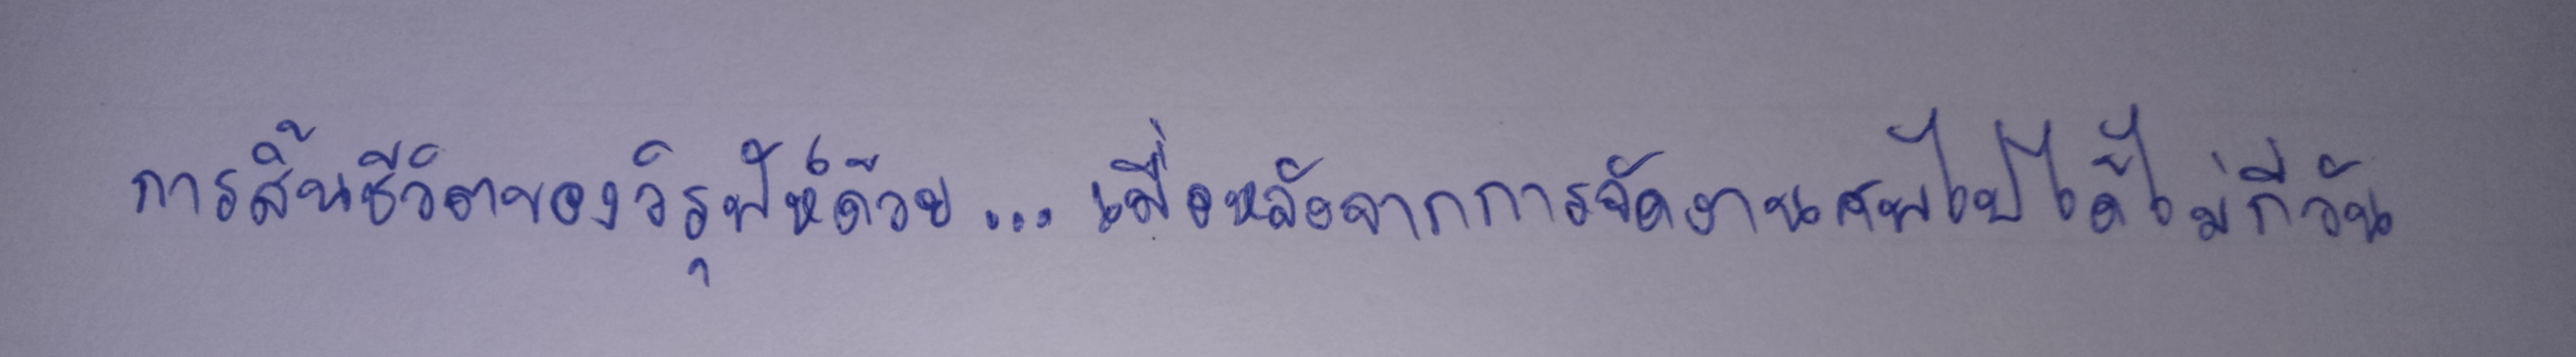
การสิ้นชีวิตของวิรุฬห์ด้วย...เมื่อหลังจากการจัดงานศพไปได้ไม่กี่วัน